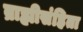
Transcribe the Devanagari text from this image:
ब्राह्मीसंहिता